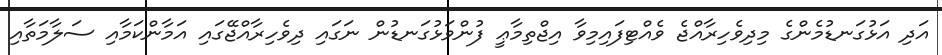
އަދި އަޅުގަނޑުމެންގެ މިދިވެހިރާއްޖެ ވެއްޓިފައިމިވާ އިޖްތިމާޢީ ފުންވަޅުގަނޑުން ނަގައި ދިވެހިރާއްޖޭގައި އަމާންކަމާއި ސަލާމަތާއި